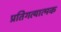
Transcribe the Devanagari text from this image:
प्रतिगत्यात्मक